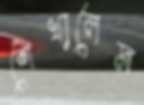
শেখালেম